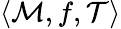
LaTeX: \langle{\mathcal{M}},f,{\mathcal{T}}\rangle